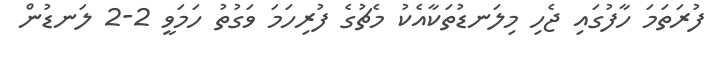
ފުރަތަމަ ހާފުގައި ޖެހި މިލަނޑުތަކާއެކު މެޗުގެ ފުރިހަމަ ވަގުތު ހަމަވީ 2-2 ލަނޑުން